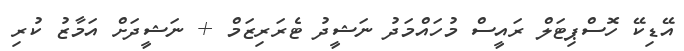
އޭޑިކޭ ހޮސްޕިޓަލް ރައީސް މުހައްމަދު ނަޝީދު ޓެރަރިޒަމް + ނަޝީދަށް އަމާޒު ކުރި